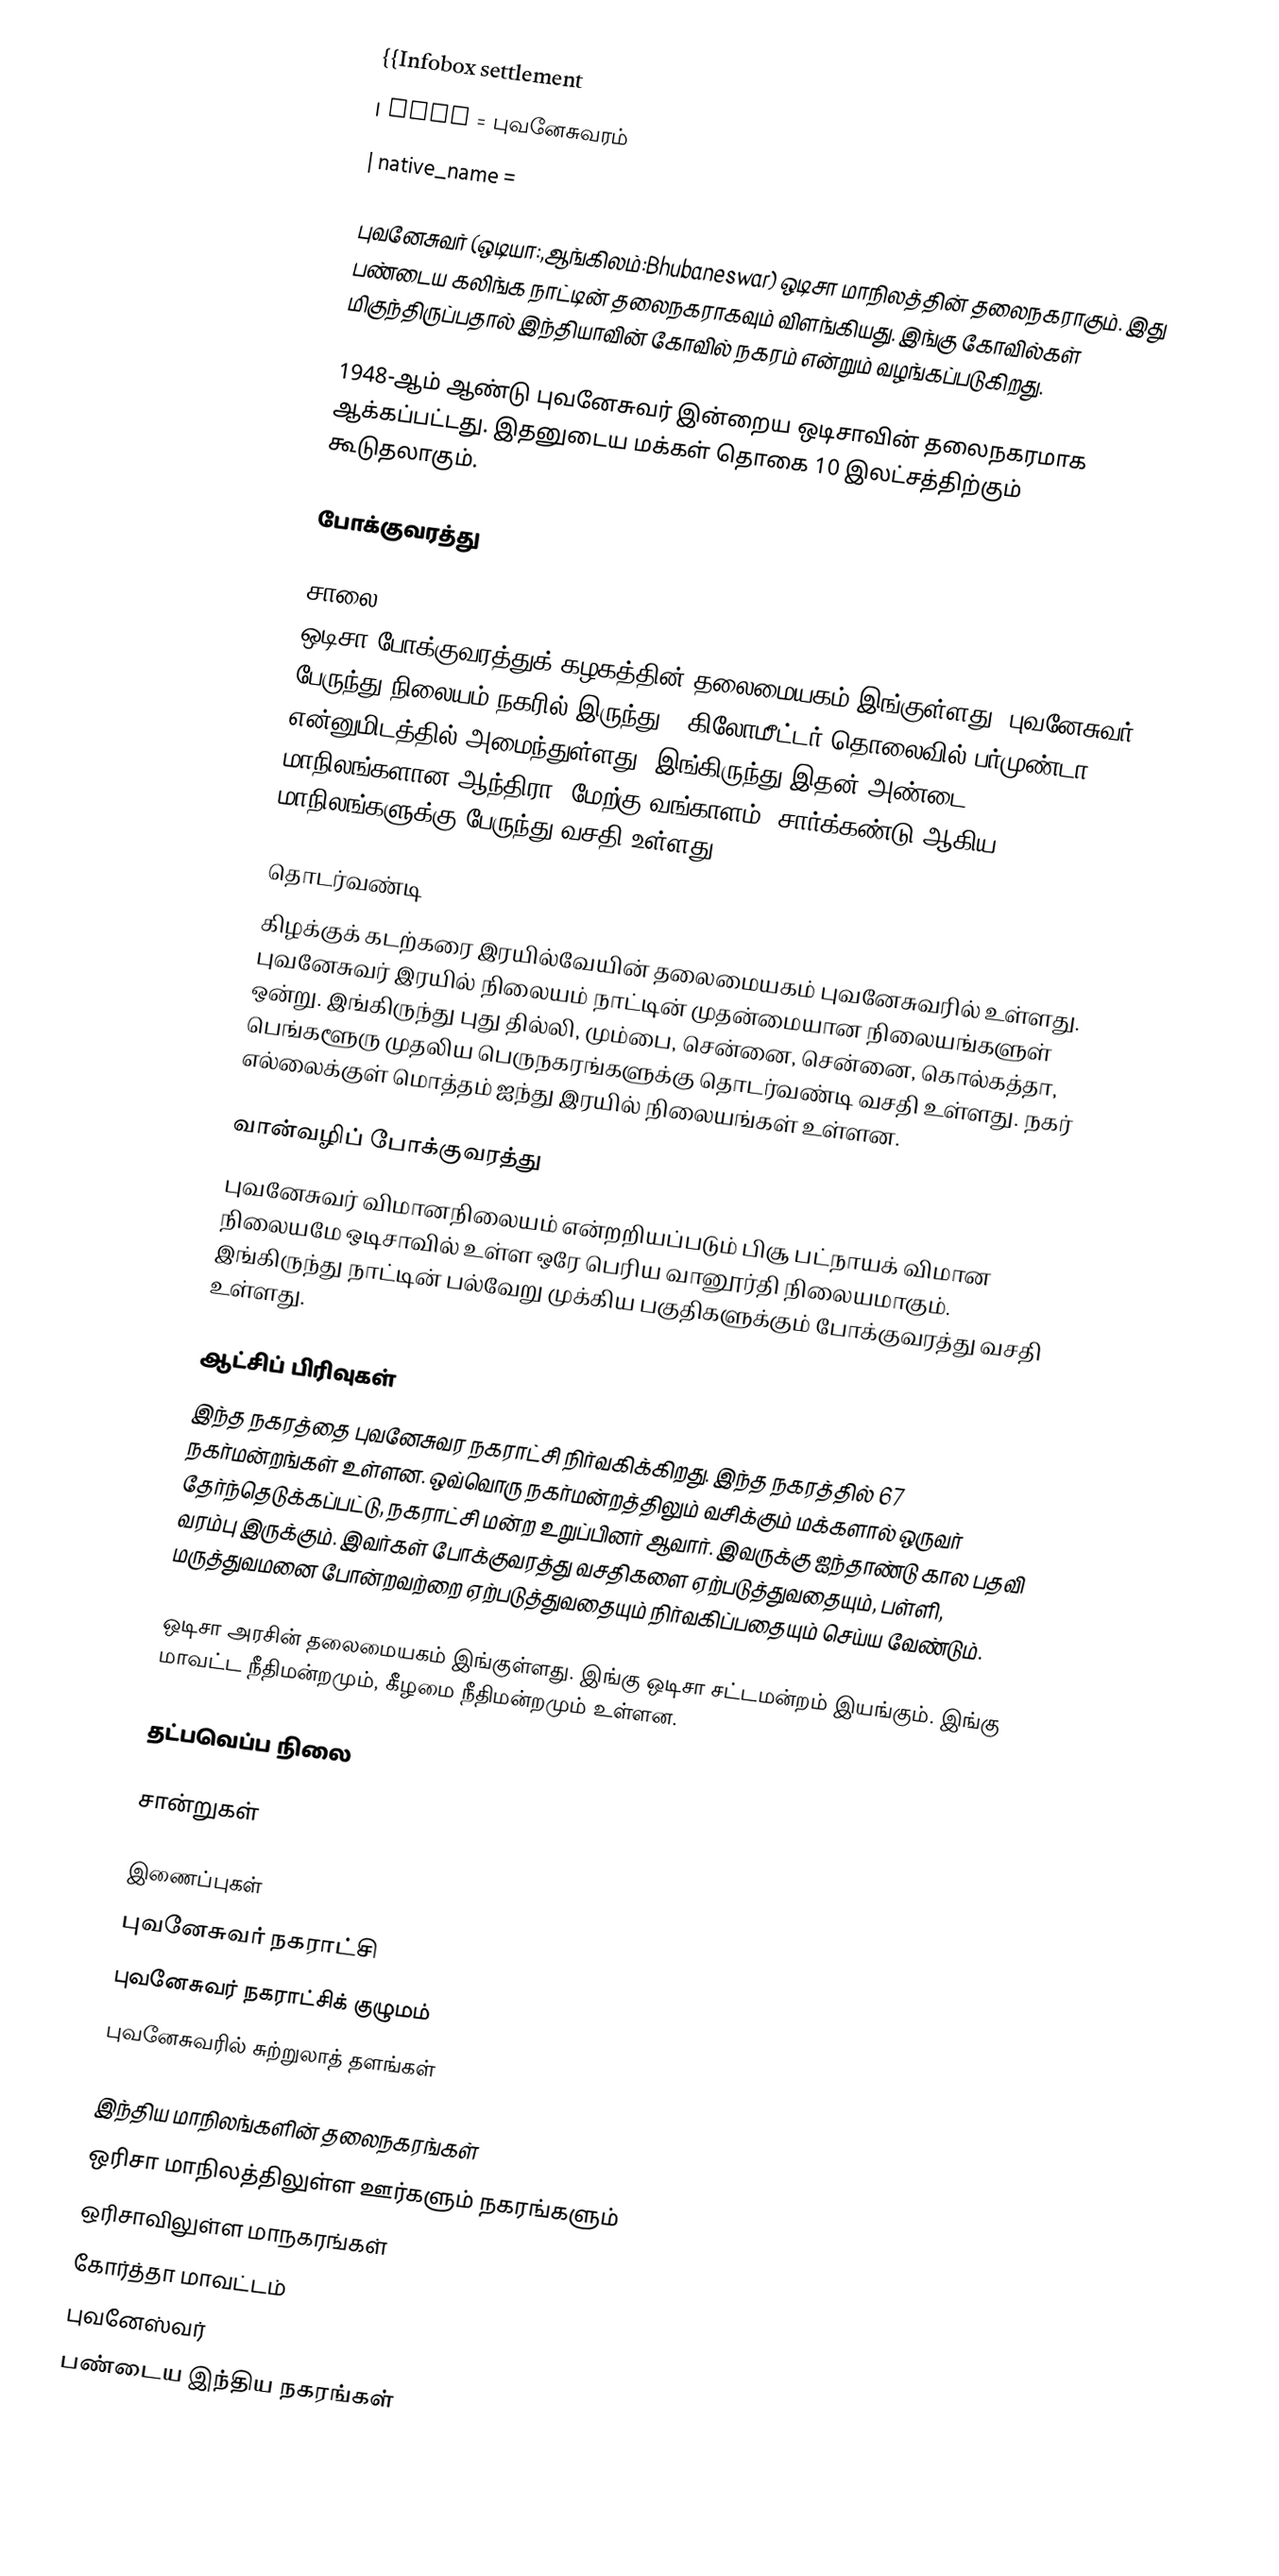
{{Infobox settlement
| name = புவனேசுவரம்
| native_name =

புவனேசுவர் (ஒடியா:,ஆங்கிலம்:Bhubaneswar) ஒடிசா மாநிலத்தின் தலைநகராகும். இது பண்டைய கலிங்க நாட்டின் தலைநகராகவும் விளங்கியது. இங்கு கோவில்கள் மிகுந்திருப்பதால் இந்தியாவின் கோவில் நகரம் என்றும் வழங்கப்படுகிறது.

1948-ஆம் ஆண்டு புவனேசுவர் இன்றைய ஒடிசாவின் தலைநகரமாக ஆக்கப்பட்டது. இதனுடைய மக்கள் தொகை 10 இலட்சத்திற்கும் கூடுதலாகும்.

போக்குவரத்து

சாலை
ஒடிசா போக்குவரத்துக் கழகத்தின் தலைமையகம் இங்குள்ளது. புவனேசுவர் பேருந்து நிலையம் நகரில் இருந்து 8 கிலோமீட்டர் தொலைவில் பர்முண்டா என்னுமிடத்தில் அமைந்துள்ளது. இங்கிருந்து இதன் அண்டை மாநிலங்களான ஆந்திரா, மேற்கு வங்காளம், சார்க்கண்டு ஆகிய மாநிலங்களுக்கு பேருந்து வசதி உள்ளது.

தொடர்வண்டி
கிழக்குக் கடற்கரை இரயில்வேயின் தலைமையகம் புவனேசுவரில் உள்ளது. புவனேசுவர் இரயில் நிலையம் நாட்டின் முதன்மையான நிலையங்களுள் ஒன்று. இங்கிருந்து புது தில்லி, மும்பை, சென்னை, சென்னை, கொல்கத்தா, பெங்களூரு முதலிய பெருநகரங்களுக்கு தொடர்வண்டி வசதி உள்ளது. நகர் எல்லைக்குள் மொத்தம் ஐந்து இரயில் நிலையங்கள் உள்ளன.

வான்வழிப் போக்குவரத்து
புவனேசுவர் விமானநிலையம் என்றறியப்படும் பிசூ பட்நாயக் விமான நிலையமே ஒடிசாவில் உள்ள ஒரே பெரிய வானூர்தி நிலையமாகும். இங்கிருந்து நாட்டின் பல்வேறு முக்கிய பகுதிகளுக்கும் போக்குவரத்து வசதி உள்ளது.

ஆட்சிப் பிரிவுகள்
இந்த நகரத்தை புவனேசுவர நகராட்சி நிர்வகிக்கிறது. இந்த நகரத்தில் 67 நகர்மன்றங்கள் உள்ளன. ஒவ்வொரு நகர்மன்றத்திலும் வசிக்கும் மக்களால் ஒருவர் தேர்ந்தெடுக்கப்பட்டு, நகராட்சி மன்ற உறுப்பினர் ஆவார். இவருக்கு ஐந்தாண்டு கால பதவி வரம்பு இருக்கும். இவர்கள் போக்குவரத்து வசதிகளை ஏற்படுத்துவதையும், பள்ளி, மருத்துவமனை போன்றவற்றை ஏற்படுத்துவதையும் நிர்வகிப்பதையும் செய்ய வேண்டும்.

ஒடிசா அரசின் தலைமையகம் இங்குள்ளது. இங்கு ஒடிசா சட்டமன்றம் இயங்கும். இங்கு மாவட்ட நீதிமன்றமும், கீழமை நீதிமன்றமும் உள்ளன.

தட்பவெப்ப நிலை

சான்றுகள்

இணைப்புகள்
 புவனேசுவர் நகராட்சி
 புவனேசுவர் நகராட்சிக் குழுமம்
 புவனேசுவரில் சுற்றுலாத் தளங்கள்

இந்திய மாநிலங்களின் தலைநகரங்கள்
ஒரிசா மாநிலத்திலுள்ள ஊர்களும் நகரங்களும்
ஒரிசாவிலுள்ள மாநகரங்கள்
கோர்த்தா மாவட்டம்
புவனேஸ்வர்
பண்டைய இந்திய நகரங்கள்